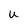
Character: u